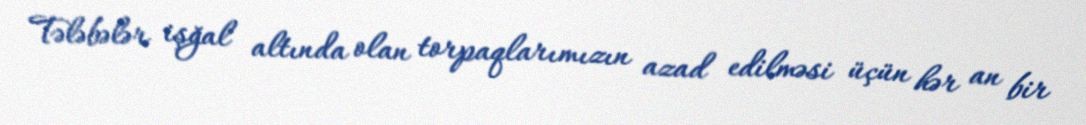
Tələbələr işğal altında olan torpaqlarımızın azad edilməsi üçün hər an bir